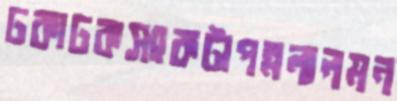
ঢকাঢকসংকটাপন্নলালমন